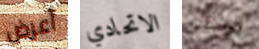
أعرض الاتحادي تواصلي